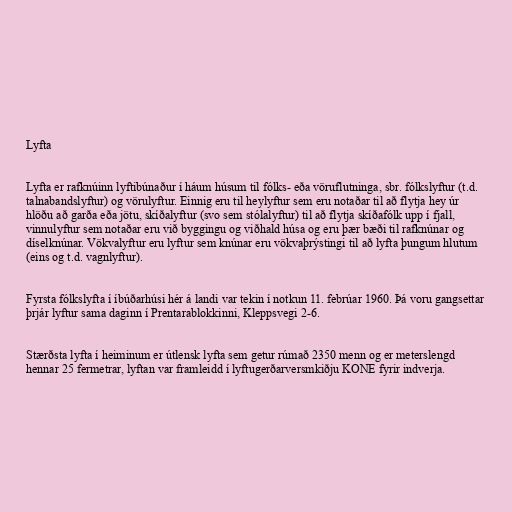
Lyfta

Lyfta er rafknúinn lyftibúnaður í háum húsum til fólks- eða vöruflutninga, sbr. fólkslyftur (t.d.
talnabandslyftur) og vörulyftur. Einnig eru til heylyftur sem eru notaðar til að flytja hey úr
hlöðu að garða eða jötu, skíðalyftur (svo sem stólalyftur) til að flytja skíðafólk upp í fjall,
vinnulyftur sem notaðar eru við byggingu og viðhald húsa og eru þær bæði til rafknúnar og
díselknúnar. Vökvalyftur eru lyftur sem knúnar eru vökvaþrýstingi til að lyfta þungum hlutum
(eins og t.d. vagnlyftur).

Fyrsta fólkslyfta í íbúðarhúsi hér á landi var tekin í notkun 11. febrúar 1960. Þá voru gangsettar
þrjár lyftur sama daginn í Prentarablokkinni, Kleppsvegi 2-6.

Stærðsta lyfta í heiminum er útlensk lyfta sem getur rúmað 2350 menn og er meterslengd
hennar 25 fermetrar, lyftan var framleidd í lyftugerðarversmkiðju KONE fyrir indverja.